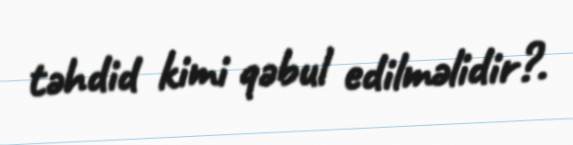
təhdid kimi qəbul edilməlidir?.